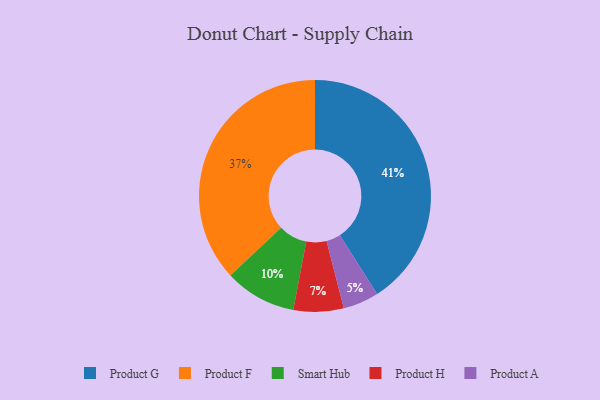
{"axis": {"x": "Category", "y": "Percentage"}, "legend": ["Product A", "Product F", "Product G", "Product H", "Smart Hub"], "data": [{"x": "Product G", "y": 41, "type": "Product G"}, {"x": "Product F", "y": 37, "type": "Product F"}, {"x": "Product H", "y": 7, "type": "Product H"}, {"x": "Smart Hub", "y": 10, "type": "Smart Hub"}, {"x": "Product A", "y": 5, "type": "Product A"}]}